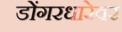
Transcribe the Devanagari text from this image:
डोंगरधारेवर